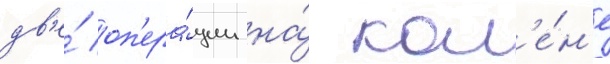
дв'е́ оп'ера́ции на́ кол'е́н'е